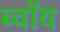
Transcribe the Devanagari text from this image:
ब्‍वॉय